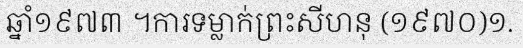
ឆ្នាំ១៩៧៣ ។ការទម្លាក់ព្រះសីហនុ (១៩៧០)១.